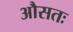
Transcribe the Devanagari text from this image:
औसतः